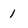
Character: 1